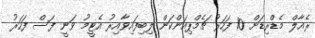
ރެއާލް މެޑްރިޑަށް 10 ފަހަރު ޗެމްޕިއަންކަން ލިބިފައިވާއިރު އެޓީމު ވަނީ ފަސް ފަހަރު